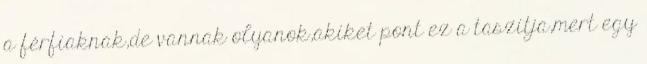
a férfiaknak,de vannak olyanok,akiket pont ez a taszitja,mert egy